Sketch of the medical history of the native army of Bombay, for the year
Year: 1875
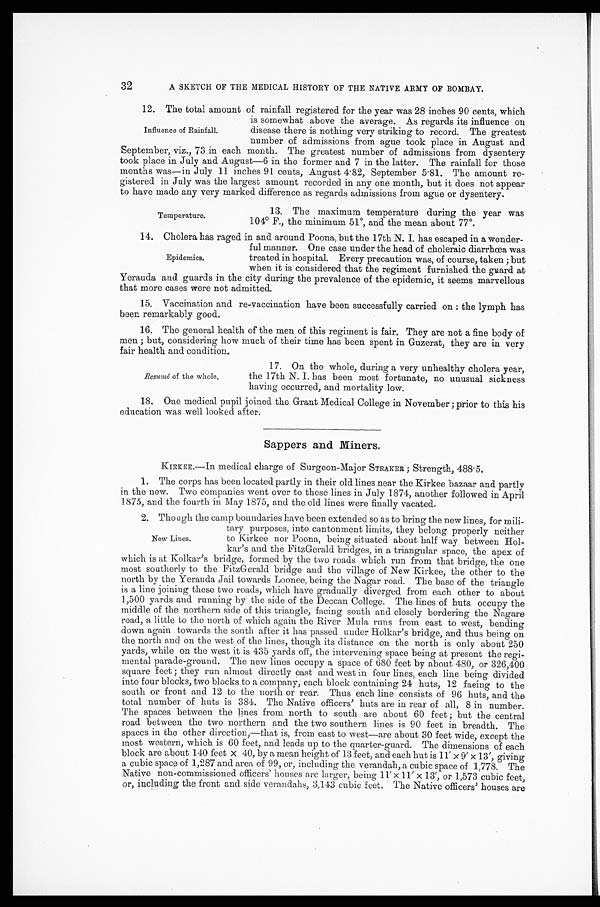
32
A SKETCH OF THE MEDICAL HISTORY OF THE NATIVE ARMY OF BOMBAY.
12. The total amount of rainfall registered for the year was 28 inches 90 cents, which
is somewhat above the average. As regards its influence on
disease there is nothing very striking to record. The greatest
number of admissions from ague took place in August and
September, viz., 73 in each month. The greatest number of admissions from dysentery
took place in July and August—6 in the former and 7 in the latter. The rainfall for those
months was—in July 11 inches 91 cents, August 4.82, September 5.81. The amount re-
gistered in July was the largest amount recorded in any one month, but it does not appear
to have made any very marked difference as regards admissions from ague or dysentery.
Influence of Rainfall.
13. The maximum temperature during the year was
104° F., the minimum 51°, and the mean about 77°.
Temperature.
14. Cholera has raged in and around Poona, but the 17th N. I. has escaped in a wonder
-
ful manner. One case under the head of choleraic diarrhœa was
treated in hospital. Every precaution was, of course, taken; but
when it is considered that the regiment furnished the guard at
Yerauda and guards in the city during the prevalence of the epidemic, it seems marvellous
that more cases were not admitted.
15. Vaccination and re-vaccination have been successfully carried on : the lymph has
been remarkably good.
16. The general health of the men of this regiment is fair. They are not a fine body of
men; but, considering how much of their time has been spent in Guzerat, they are in very
fair health and condition.
Epidemics.
Resumé of the whole.
17. On the whole, during a very unhealthy cholera year,
the 17th N. I. has been most fortunate, no unusual sickness
having occurred, and mortality low.
18. One medical pupil joined the Grant Medical College in November; prior to this his
education was well looked after.
Sappers and Miners.
KIRKEE.—In medical charge of Surgeon-Major STRAKER ; Strength, 488.5.
1. The corps has been located partly in their old lines near the Kirkee bazaar and partly
i n t h e n e w . T w o c o m p a n i e s w e n t o v e r t o t h e s e l i n e s i n J u l y 1 8 7 4 , a n o t h e r f o l l o w e d i n A p r i l
1875, and the fourth in May 1875, and the old lines were finally vacated.
2. Though the camp boundaries have been extended so as to bring the new lines, for mili
-
tary purposes, into cantonment limits, they belong properly neither
to Kirkee nor Poona, being situated about half way between Hol
-
kar's and the FitzGerald bridges, in a triangular space, the apex of
which is at Kolkar's bridge, formed by the two roads which run from that bridge, the one
most southerly to the FitzGerald bridge and the village of New Kirkee, the other to the
north by the Yerauda Jail towards Loonee, being the Nagar road. The base of the triangle
is a line joining these two roads, which have gradually diverged from each other to about
1,500 yards and running by the side of the Deccan College. The lines of huts occupy the
middle of the northern side of this triangle, facing south and closely bordering the Nagare
road, a little to the north of which again the River Mula runs from east to west, bending
down again towards the south after it has passed under Holkar's bridge, and thus being on
the north and on the west of the lines, though its distance on the north is only about 250
yards, while on the west it is 435 yards off, the intervening space being at present the regi-
mental parade-ground. The new lines occupy a space of 680 feet by about 480, or 326,400
square feet ; they run almost directly east and west in four lines, each line being divided
into four blocks, two blocks to a company, each block containing 24 huts, 12 facing to the
south or front and 12 to the north or rear. Thus each line consists of 96 huts, and the
total number of huts is 384. The Native officers' huts are in rear of all, 8 in number.
The spaces between the lines from north to south are about 60 feet; but the central
road between the two northern and the two southern lines is 90 feet in breadth. The
spaces in the other direction,—that is, from east to west—are about 30 feet wide, except the
most western, which is 60 feet, and leads up to the quarter-guard. The dimensions of each
block are about 140 feet x 40, by a mean height of 13 feet, and each hut is 11' х 9' х 1 3 ' , g i v i n g
a cubic space of 1,287 and area of 99, or, including the verandah, a cubic space of 1,778. The
Native non-commissioned officers' houses are larger, being 11' x 11' x 13', or 1,573 cubic feet,
or, including the front and side verandahs, 3,143 cubic feet. The Native officers' houses are
New Lines.